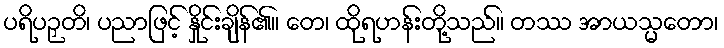
ပရိပဉှတိ၊ ပညာဖြင့် နှိုင်းချိန်၏။ တေ၊ ထိုရဟန်းတို့သည်။ တဿ အာယသ္မတော၊